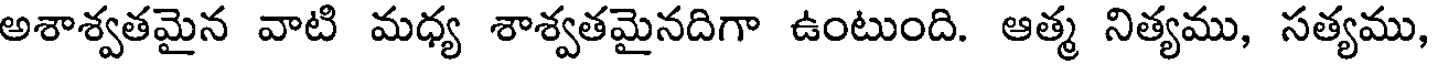
అశాశ్వతమైన వాటి మధ్య శాశ్వతమైనదిగా ఉంటుంది. ఆత్మ నిత్యము, సత్యము,